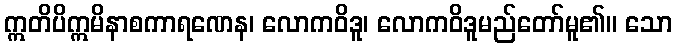
ဣတိပိဣမိနာစကာရဏေန၊ လောကဝိဒူ၊ လောကဝိဒူမည်တော်မူ၏။ သော